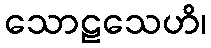
သောဠသေဟိ၊